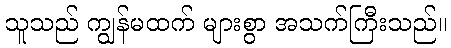
သူသည် ကျွန်မထက် များစွာ အသက်ကြီးသည်။